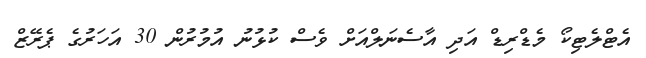
އެޓްލެޓިކޯ މެޑްރިޑް އަދި އާސެނަލްއަށް ވެސް ކުޅުނު އުމުރުން 30 އަހަރުގެ ޕެރޭޒް